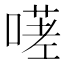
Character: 𭊋